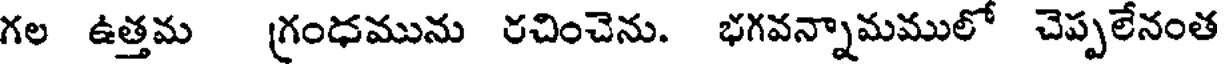
గల ఉత్తమ (గ్రంధమును రచించెను. భగవన్నామములో చెప్పలేనంత